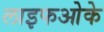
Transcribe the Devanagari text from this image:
लाइफओके